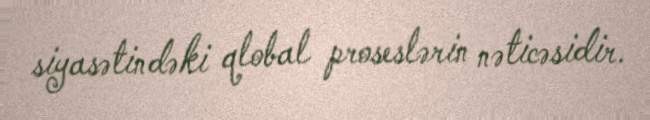
siyasətindəki qlobal proseslərin nəticəsidir.